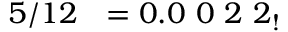
5 / 1 2 \ \ = 0 . 0 \ 0 \ 2 \ 2 _ { ! }